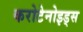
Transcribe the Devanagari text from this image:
करोटेनोइड्स